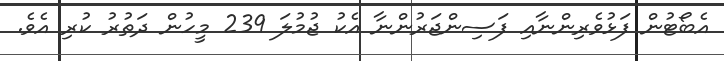
އެބޯޓުން ފަޅުވެރިންނާއި ފަސިންޖަރުންނާ އެކު ޖުމުލަ 239 މީހުން ދަތުރު ކުރި އެވެ.